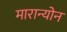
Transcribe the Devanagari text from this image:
मारान्योन